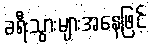
ခရီးသွားများအနေဖြင့်